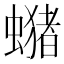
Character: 𧒇